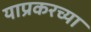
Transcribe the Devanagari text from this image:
याप्रकरच्या